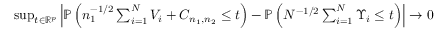
\begin{array} { r } { \operatorname* { s u p } _ { t \in { \mathbb { R } } ^ { p } } \left| { \mathbb { P } } \left( n _ { 1 } ^ { - 1 / 2 } \sum _ { i = 1 } ^ { N } V _ { i } + C _ { n _ { 1 } , n _ { 2 } } \leq t \right) - { \mathbb { P } } \left( N ^ { - 1 / 2 } \sum _ { i = 1 } ^ { N } \Upsilon _ { i } \leq t \right) \right| \rightarrow 0 } \end{array}